Report of the Indian Hemp Drugs Commission, 1894-1895 - Volume V
Year: 1894
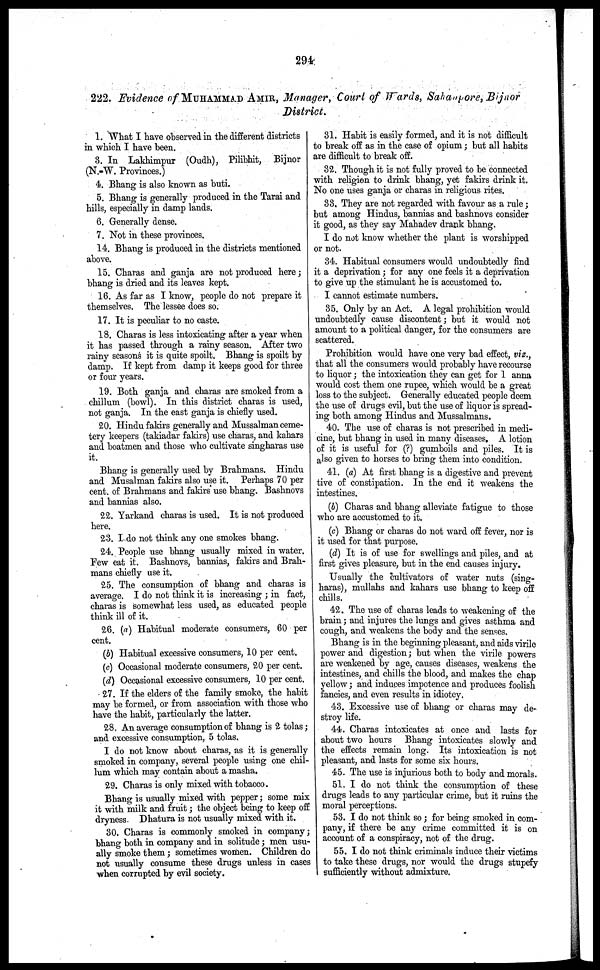
294
222. Evidence of MUHAMMAD AMIR, Manager, Court of Wards, Sahanpore, Bijnor
District.
1. What I have observed in the different districts
in which I have been.
3. In Lakhimpur (Oudh), Pilibhit, Bijnor
(N.-W. Provinces.)
4. Bhang is also known as buti.
B. Bhang is generally produced in the Tarai and
hills, especially in damp lands.
6. Generally dense.
7. Not in these provinces.
14. Bhang is produced in the districts mentioned
above.
15. Charas and ganja are not produced here;
bhang is dried and its leaves kept.
16. As far as I know, people do not prepare it
themselves. The lessee does so.
17. It is peculiar to no caste.
18. Charas is less intoxicating after a year when
it has passed through a rainy season. After two
rainy seasons it is quite spoilt. Bhang is spoilt by
damp. If kept from damp it keeps good for three
or four years.
19. Both ganja and charas are smoked from a
chillum (bowl). In this district charas is used,
not ganja. In the east ganja is chiefly used.
20. Hindu fakirs generally and Mussalman ceme-
tery keepers (takiadar fakirs) use charas, and kahars
and boatmen and those who cultivate singharas use
it.
Bhang is generally used by Brahmans. Hindu
and Musalman fakirs also use it. Perhaps 70 per
cent. of Brahmans and fakirs use bhang. Bashnovs
and bannias also.
22. Yarkand charas is used. It is not produced
here.
23. I do not think any one smokes bhang.
24. People use bhang usually mixed in water.
Few eat it. Bashnovs, bannias, fakirs and Brah-
mans chiefly use it.
25. The consumption of bhang and charas is
average. I do not think it is increasing ; in fact,
charas is somewhat less used, as educated people
think ill of it.
26. (a) Habitual moderate consumers, 60 per
cent.
(b) Habitual excessive consumers, 10 per cent.
(c) Occasional moderate consumers, 20 per cent.
(d) Occasional excessive consumers, 10 per cent.
27. If the elders of the family smoke, the habit
may be formed, or from association with those who
have the habit, particularly the latter.
28. An average consumption of bhang is 2 tolas;
and excessive consumption, 5 tolas.
I do not know about charas, as it is generally
smoked in company, several people using one chil-
lum which may contain about a masha.
29. Charas is only mixed with tobacco.
Bhang is usually mixed with pepper; some mix
it with milk and fruit; the object being to keep off
dryness. Dhatura is not usually mixed with it.
30. Charas is commonly smoked in company;
bhang both in company and in solitude; men usu-
ally smoke them; sometimes women. Children do
not usually consume these drugs unless in eases
when corrupted by evil society.
31. Habit is easily formed, and it is not difficult
to break off as in the case of opium; but all habits
are difficult to break off.
32. Though it is not fully proved to be connected
with religion to drink bhang, yet fakirs drink it.
No one uses ganja or charas in religious rites.
33. They are not regarded with favour as a rule;
but among Hindus, bannias and bashnovs consider
it good, as they say Mahadev drank bhang.
I do not know whether the plant is worshipped
or not.
34. Habitual consumers would undoubtedly find
it a deprivation; for any one feels it a deprivation
to give up the stimulant he is accustomed to.
I cannot estimate numbers.
35. Only by an Act. A legal prohibition would
undoubtedly cause discontent; but it would not
amount to a political danger, for the consumers are
scattered.
Prohibition would have one very bad effect, viz.,
that all the consumers would probably have recourse
to liquor; the intoxication they can get for 1 anna
would cost them one rupee, which would be a great
loss to the subject. Generally educated people deem
the use of drugs evil, but the use of liquor is spread-
ing both among Hindus and Mussalmans.
40. The use of charas is not prescribed in medi-
cine, but bhang in used in many diseases. A lotion
of it is useful for (?) gumboils and piles. It is
also given to horses to bring them into condition.
41. (a) At first bhang is a digestive and prevent
tive of constipation. In the end it weakens the
intestines.
(b) Charas and bhang alleviate fatigue to those
who are accustomed to it.
(c) Bhang or charas do not ward off fever, nor is
it used for that purpose.
(d) It is of use for swellings and piles, and at
first gives pleasure, but in the end causes injury.
Usually the cultivators of water nuts (sing-
haras), mullahs and kahars use bhang to keep off
chills.
42. The use of charas leads to weakening of the
brain; and injures the lungs and gives asthma and
cough, and weakens the body and the senses.
Bhang is in the beginning pleasant, and aids virile
power and digestion; but when the virile powers
are weakened by age, causes diseases, weakens the
intestines, and chills the blood, and makes the chap
yellow; and induces impotence and produces foolish
fancies, and even results in idiotcy.
43. Excessive use of bhang or charas may de-
stroy life.
44. Charas intoxicates at once and lasts for
about two hours Bhang intoxicates slowly and
the effects remain long. Its intoxication is not
pleasant, and lasts for some six hours.
45. The use is injurious both to body and morals.
51. I do not think the consumption of these
drugs leads to any particular crime, but it ruins the
moral perceptions.
53. I do not think so; for being smoked in com-
pany, if there be any crime committed it is on
account of a conspiracy, not of the drug.
55. I do not think criminals induce their victims
to take these drugs, nor would the drugs stupefy
sufficiently without admixture.